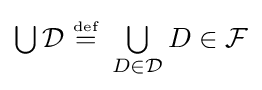
{\textstyle \bigcup }\,{\mathcal {D}}~{\stackrel {\scriptscriptstyle {\text{def}}}{=}}~\textstyle \bigcup \limits _{D\in {\mathcal {D}}}D\in {\mathcal {F}}